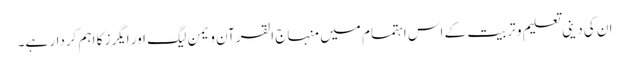
ان کی دینی تعلیم و تربیت کے اس اہتمام میں منہاج القرآن ویمن لیگ اور ایگرز کا اہم کردار ہے۔